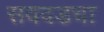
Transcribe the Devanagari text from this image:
सवदडचा